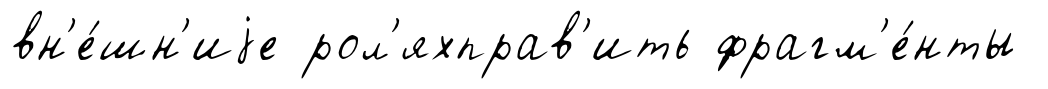
вн'е́шн'иjе рол'яхправ'ить фрагм'е́нты